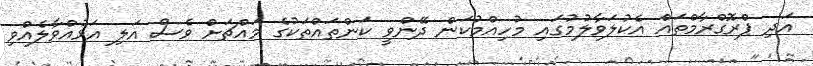
އަދި ޕްރޮގްރާމްތައް އެކުލަވާލުމުގައި މުހިއްމުކަން ދޭންވީ ކަންތައްތަކުގެ މައްޗަށް ވެސް އަލި އަޅުއްވާލެއްވި